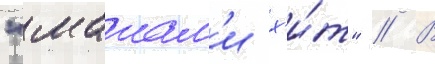
"маиам'и х'и́т" // В